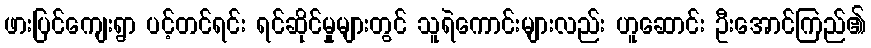
ဖားပြင်ကျေးရွာ ပင့်တင်ရင်း ရင်ဆိုင်မှုများတွင် သူရဲကောင်းများလည်း ဟူဆောင်း ဦးအောင်ကြည်၏